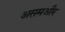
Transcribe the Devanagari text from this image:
असमऔर